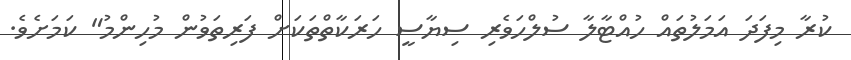
ކުރާ މިފަދަ އަމަލުތައް ހުއްޓާލާ ސުލްހަވެރި ސިޔާސީ ހަރަކާތްތަކަށް ފަރިތަވުން މުހިންމު" ކަމަށެވެ.